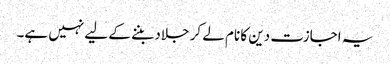
یہ اجازت دین کا نام لے کر جلاد بننے کے لیے نہیں ہے۔